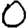
Digit: 0